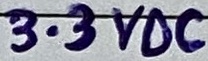
Text: 3.3VDC